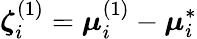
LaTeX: \boldsymbol{\zeta}_{i}^{(1)}=\boldsymbol{\mu}_{i}^{(1)}-\boldsymbol{\mu}_{i}^{*}